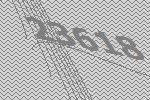
23618